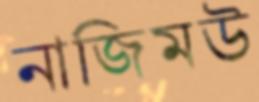
নাজিমউ